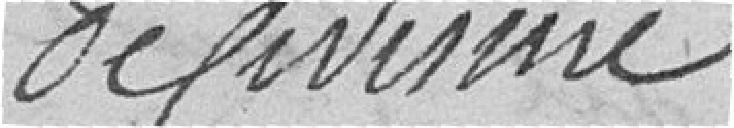
de visime